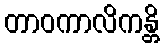
တာဝကာလိကန္တိ